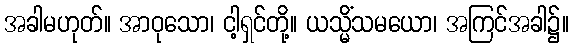
အခါမဟုတ်။ အာဝုသော၊ ငါ့ရှင်တို့။ ယသ္မိံသမယော၊ အကြင်အခါ၌။